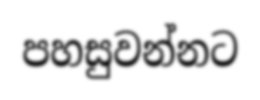
පහසුවන්නට